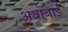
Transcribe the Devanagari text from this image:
अवाबाई